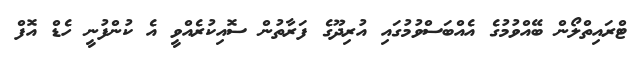
ޓްރައިތްލޯން ބޭއްވުމުގެ އެއްބަސްވުމުގައި އުރިދޫގެ ފަރާތުން ސޮއިކުރެއްވީ އެ ކުންފުނީ ހެޑް އޮފް